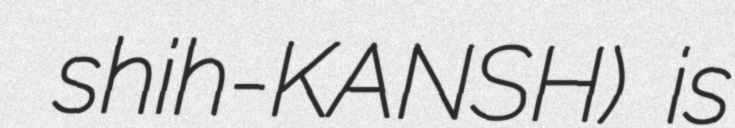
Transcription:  shih-KANSH) is